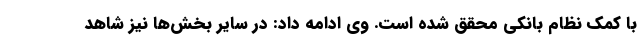
با کمک نظام بانکی محقق شده است. وی ادامه داد: در سایر بخش‌ها نیز شاهد